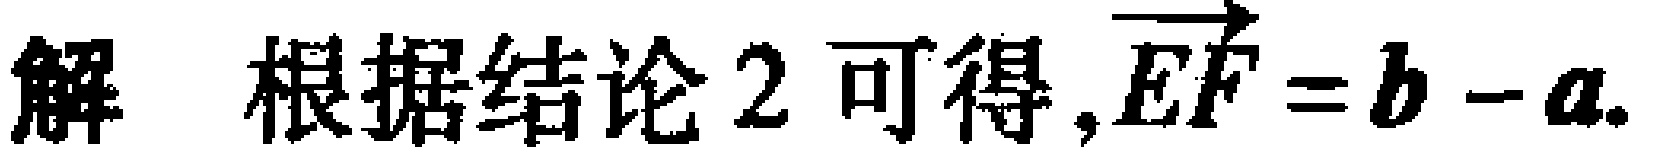
解 根据结论 2 可得,$\overrightarrow{EF} = b - a$.